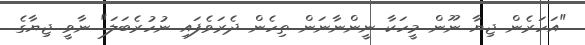
"އަހަރެން ޖިޔާ ނޫން މީހަކާ ނީންނާނަން ތިހެން ދެރަވެފައި ނުހުރެބަލަ" ނާވީ ޖިޔާގެ